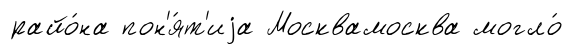
райо́на пон'я́т'иjа Москвамосква могло́